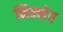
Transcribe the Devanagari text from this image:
निक्क्षेप